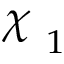
\raisebox { \depth } { \( \chi \) } _ { 1 }